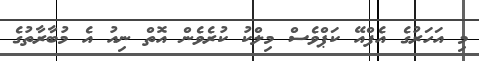
މި އަހަރުގެ އެފްއޭ ކަޕްވެސް މިލްކު ކުރެވެން އޮތް ނިއު އެ މުބާރާތުގެ